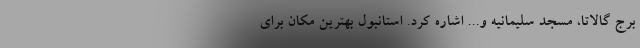
برج گالاتا، مسجد سلیمانیه و... اشاره کرد. استانبول بهترین مکان برای